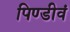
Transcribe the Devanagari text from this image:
पिण्डीवं